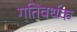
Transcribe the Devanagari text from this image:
गतिवर्धक